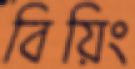
বিয়িং